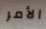
الأمر